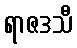
ရာဇဒသီ